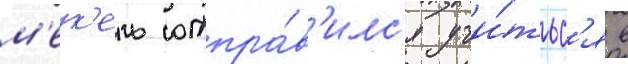
м'ек'ель отпра́в'илс'я учи́тьс'я в